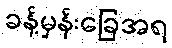
ခန့်မှန်းခြေအရ